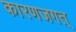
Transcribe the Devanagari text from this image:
कारणजगत्